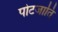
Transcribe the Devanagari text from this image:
पोटजाति